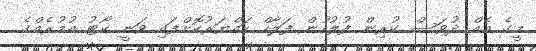
މީގެ އެއް ދުވަސް ކުރިން ފުލުހުން ފަލާހް ހައްޔަރުކޮށްފައި ވަނީ ކޯޓު އުމުރެއްގެ